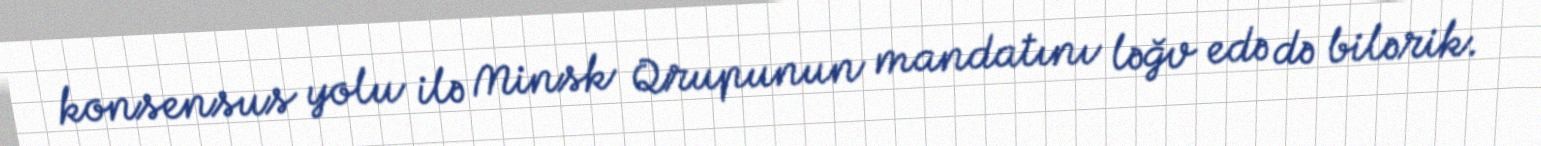
konsensus yolu ilə Minsk Qrupunun mandatını ləğv edə də bilərik.